Report of the Imperial Institute of Veterinary Research, Muktesar
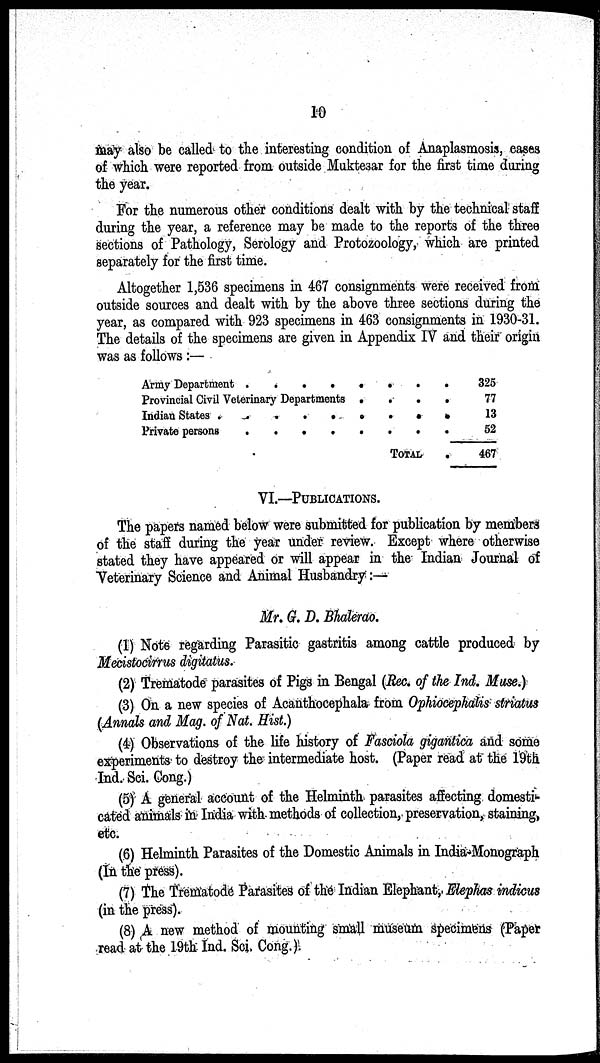
10
may also be called to the interesting condition of Anaplasmosis, cases
of which were reported from outside Muktesar for the first time during
the year.
For the numerous other conditions dealt with by the technical staff
during the year, a reference may be made to the reports of the three
sections of Pathology, Serology and Protozoology, which are printed
separately for the first time.
Altogether 1,536 specimens in 467 consignments were received from
outside sources and dealt with by the above three sections during the
year, as compared with 923 specimens in 463 consignments in 1930-31.
The details of the specimens are given in Appendix IV and their origin
was as follows :—
Army Department .
.
.
.
Provincial Civil Veterinary Departments
Indian States
Private persons
.
.
.
.
.
.
.
.
.
.
.
.
.
.
.
.
.
.
.
.
TOTAL
.
.
.
.
.
325
77
13
52
467
VI.—PUBLICATIONS.
The papers named below were submitted for publication by members
of the staff during the year under review. Except where otherwise
stated they have appeared or will appear in the Indian Journal of
Veterinary Science and Animal Husbandry :—
Mr. G. D. Bhalerao.
(1) Note regarding Parasitic gastritis among cattle produced by
Mecistocirrus digitatus.
(2) Trematode parasites of Pigs in Bengal (Rec. of the Ind. Muse.)
(3) On a new species of Acanthocephala from Ophiocephalis striatus
(Annals and Mag. of Nat. Hist.)
(4) Observations of the life history of Fasciola gigantica and some
experiments to destroy the intermediate host. (Paper read at the 19th
Ind. Sci. Cong.)
(5) A general account of the Helminth parasites affecting domesti-
cated animals in India with methods of collection, preservation, staining,
etc.
(6) Helminth Parasites of the Domestic Animals in India-Monograph
(In the press).
(7) The Trematode Parasites of the Indian Elephant, Elephas indicus
(in the press).
(8) A new method of mounting small museum specimens (Paper
read at the 19th Ind. Sci. Cong.).